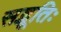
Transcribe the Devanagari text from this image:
सद्भूतिः